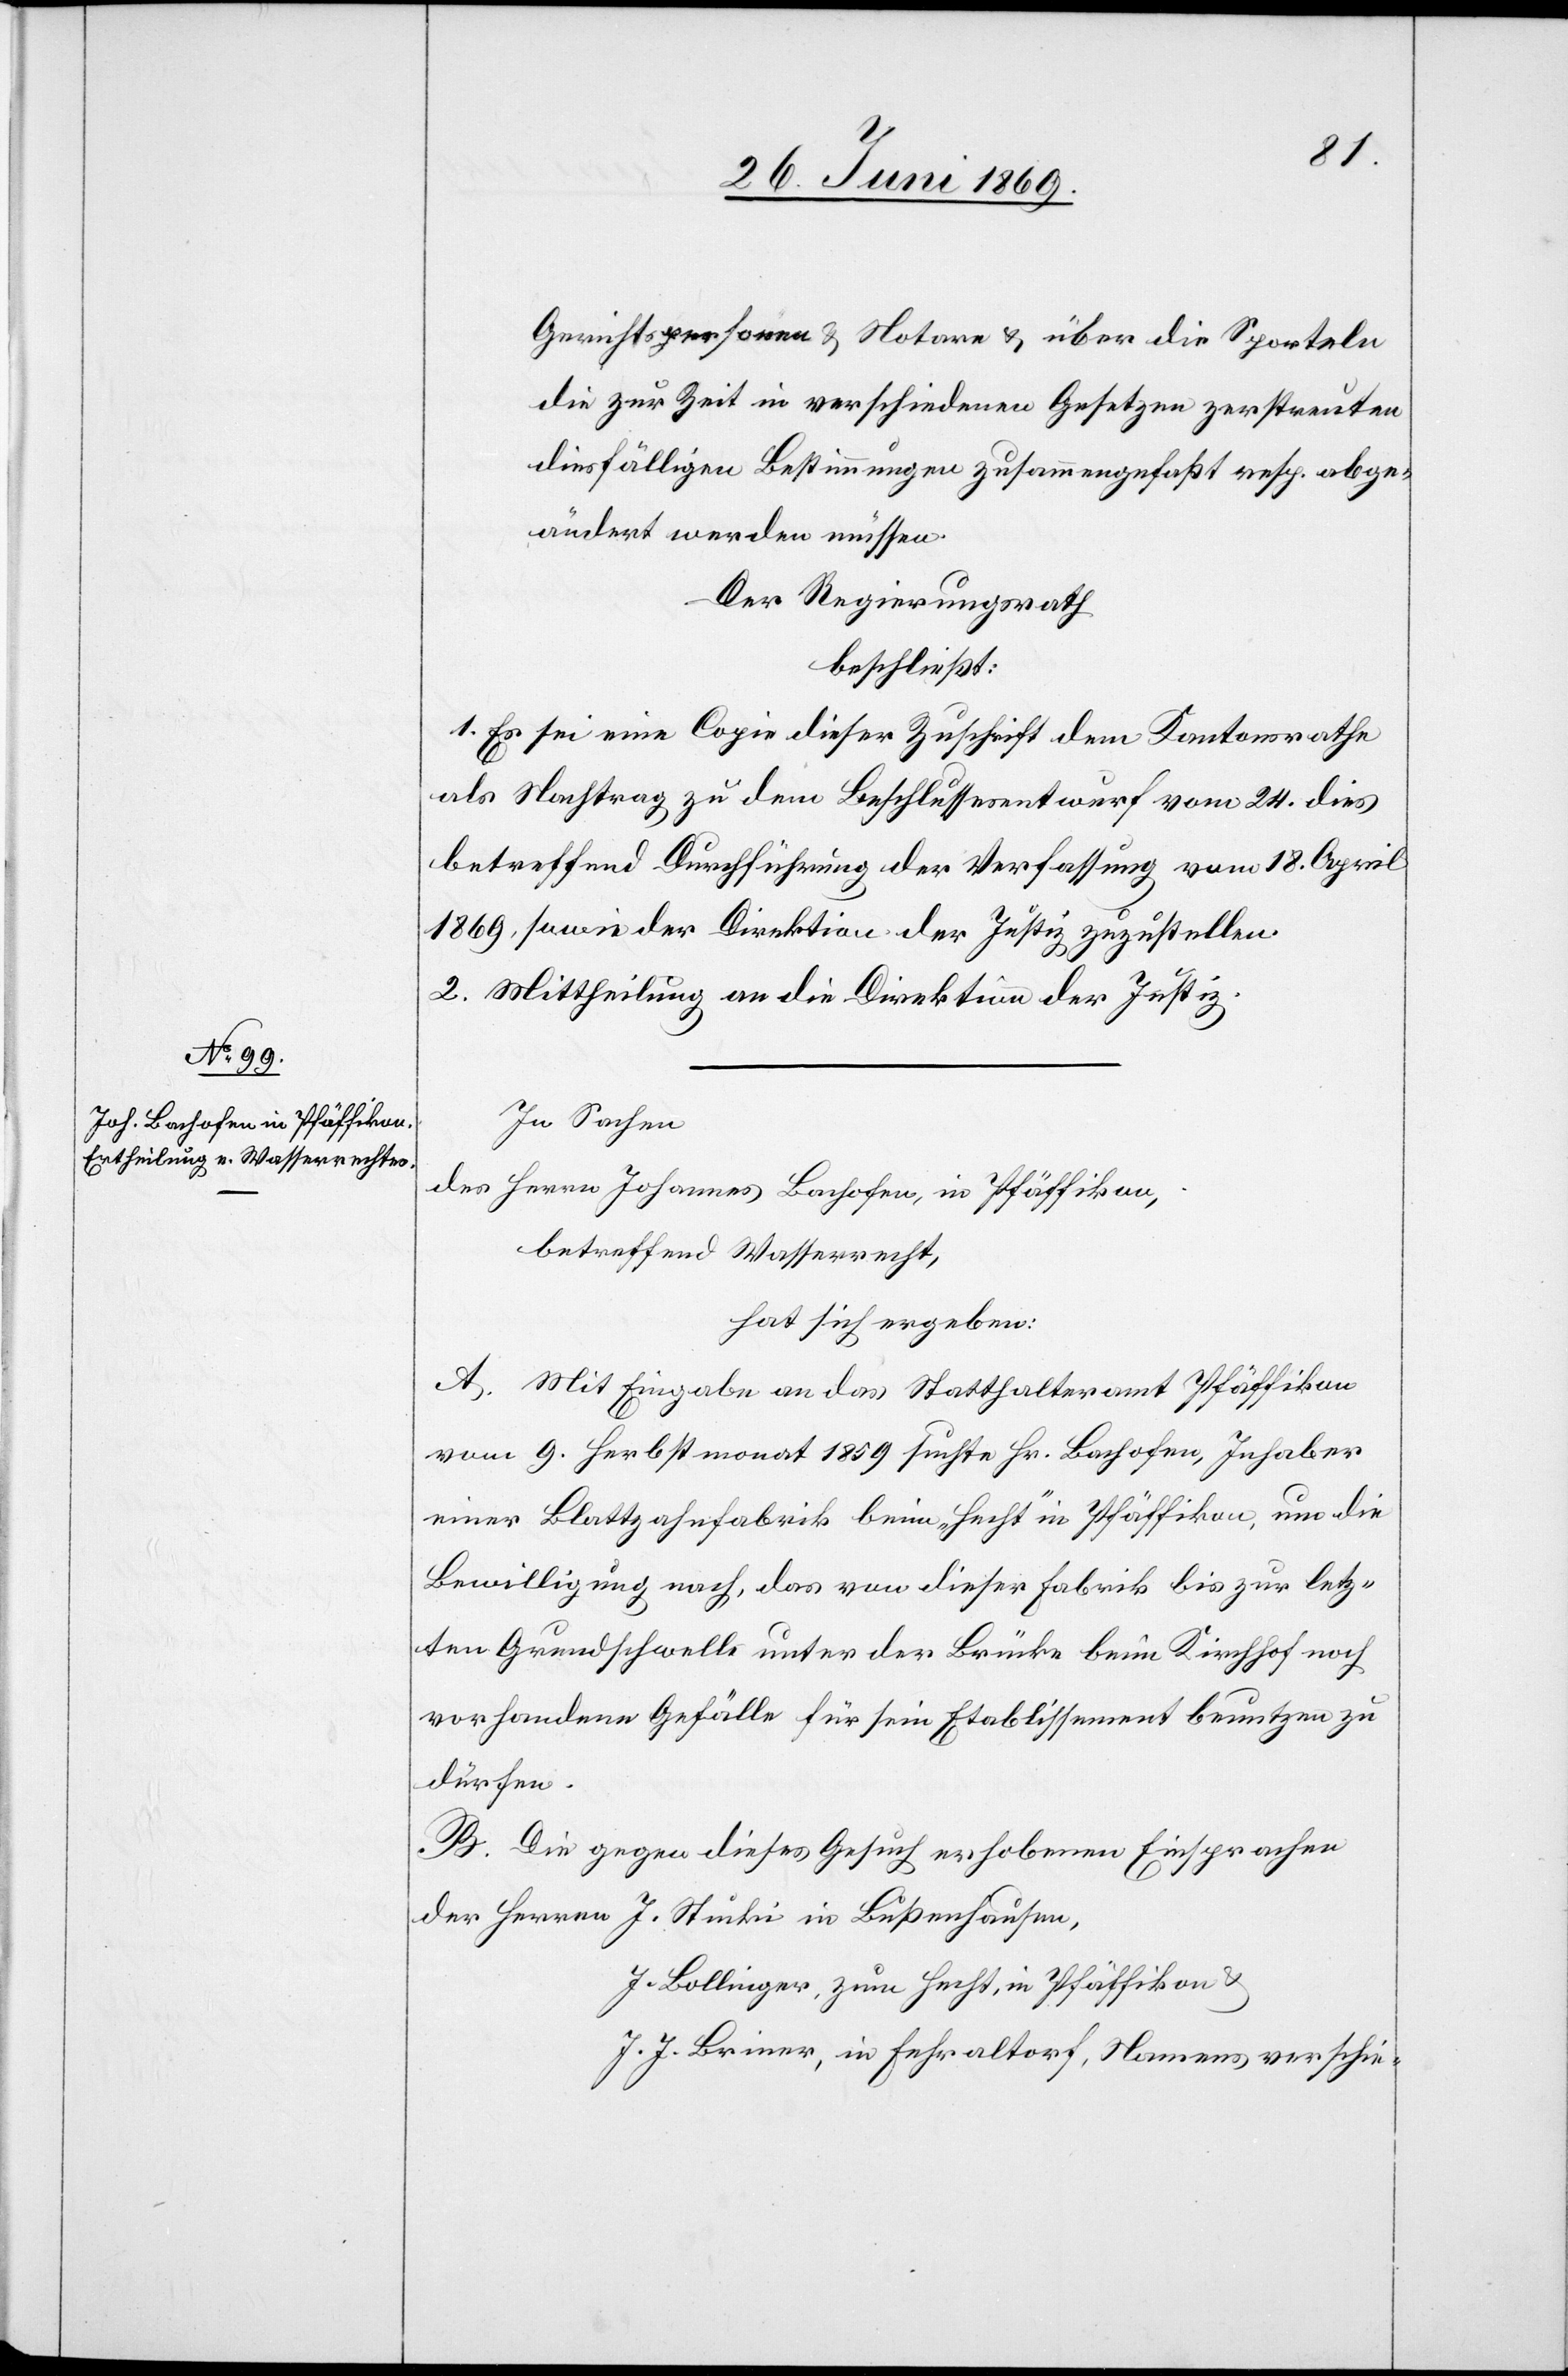
Gerichtspersonen u. Notare u. über die Sporteln
die zur Zeit in verschiedenen Gesetzen zerstreuten
diesfälligen Bestimmungen zusammengefaßt resp. abge¬
ändert werden müssen.
Der Regierungsrath,
beschließt:
1. Es sei eine Copie dieser Zuschrift dem Kantonsrathe
als Nachtrag zu dem Beschlussesentwurf vom 24 dies
betreffend Durchführung der Verfassung vom 18 April
1869, sowie der Direktion der Justiz zuzustellen.
2. Mittheilung an die Direktion der Justiz.
In Sachen
des Herrn Johannes Bachofen, in Pfäffikon,
betreffend Wasserrecht,
hat sich ergeben:
A. Mit Eingabe an das Statthalteramt Pfäffikon
vom 9. Herbstmonat 1859 suchte Hr. Bachofen, Inhaber
einer Blattzahnfabrik beim „Hecht“ in Pfäffikon, um die
Bewilligung nach, das von dieser Fabrik bis zur letz¬
ten Grundschwelle unter der Brücke beim Kirchhof noch
vorhandene Gefälle für sein Etablissement benutzen zu
dürfen.
B. Die gegen dieses Gesuch erhobenen Einsprachen
der Herrn J. Stucki in Bußenhausen,
J. Bollinger, zum Hecht, in Pfäffikon u.
J. J. Briner, in Fehraltorf, Namens verschie-